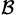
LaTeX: _\mathcal{B}